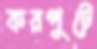
করপুটে